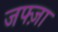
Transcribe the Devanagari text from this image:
जफ्ज़ा